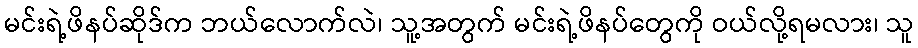
မင်းရဲ့ဖိနပ်ဆိုဒ်က ဘယ်လောက်လဲ၊ သူ့အတွက် မင်းရဲ့ဖိနပ်တွေကို ဝယ်လို့ရမလား၊ သူ